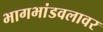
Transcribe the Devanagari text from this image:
भागभांडवलावर